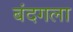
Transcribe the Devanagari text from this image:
बंदगला